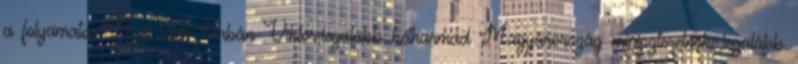
a folyamatos Nyílt levél Orbán Viktor,legalább kétharmad Magyarország miniszterelnöke,legalább